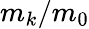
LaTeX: m_{k}/m_{0}